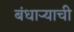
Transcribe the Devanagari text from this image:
बंधाऱ्याची